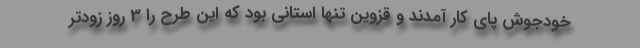
خودجوش پای کار آمدند و قزوین تنها استانی بود که این طرح را 3 روز زودتر